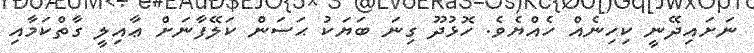
ނަށައިދޭނީ ކިހިނެއް ހެއްޔެވެ. ހޮޅުދޫ ގިނަ ބަޔަކު ޙަސަން ކަލޭފާނަށް ޢާއިލީ ގާތްކަމާއި